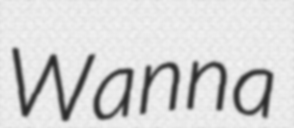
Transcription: Wanna